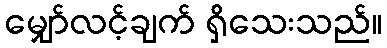
မျှော်လင့်ချက် ရှိသေးသည်။